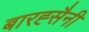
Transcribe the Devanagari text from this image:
बारह्सैनी